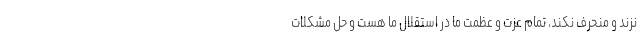
نزند و منحرف نکند، تمام عزت و عظمت ما در استقلال ما هست و حل مشکلات